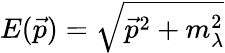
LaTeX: E(\vec{p})=\sqrt{\vec{p}^{2}+m_{\lambda}^{2}}